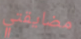
مضايقتي